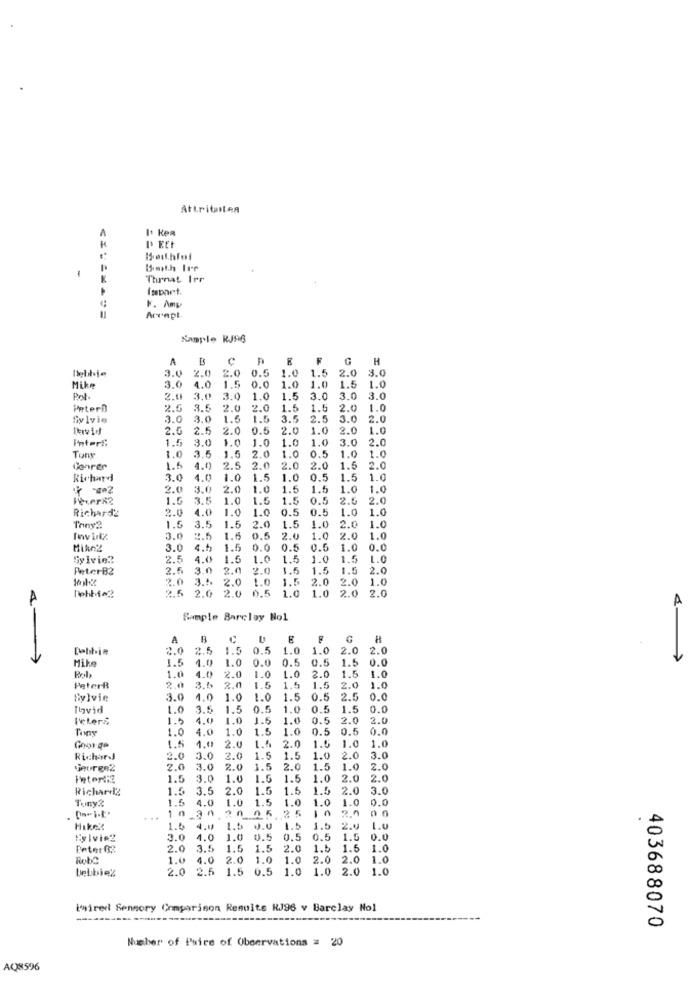
Attributen
A
It KeR
Throat Irr
k. Amy
Arrapt
Kanple RJAB
A
H
Debbie
3.0
2.0
0.5
1.0
1.5
2.0 3.0
2.0
0.0
Mike
3.0
4.0
1.5
1.0
1.0
1.5
1.0
Pot.
2.0
3.0
3.0
1.0
1.5
3.0
3.0
3.0
PeterD
2.5
3.5
2.0
2.0
1.5
1.5
2.0
1.0
Sylvie
3.0
3.0
1.6
1.5
3.5
2.5
3.0
2.0
Dawid
2.5
2.5
2.0
0.5
2.0
1.0
2.0
1.0
Interi:
1.5
3.0
1.0
1.0
1.0
1.0
3.0
2.0
3.5
.0
1.0
0.5
1.0
1.0
Tony
1.0
1.6
Genrer
1.5
4.0
2.5
2
2.0
2.0
1.5
2.0
Richard
3.0
4.0
1.0
1.5
1.0
0.5
1.5
1.0
2.0
3.0
2.0
1.0
1.5
1.5
1.0
1.0
1.5
3.5
1.0
1.5
1.5
0.5
2.5
2.0
Richarda
2.0
1.0
1.0
1.0
0.5
0.5
1.0
1.0
1.0
1.0
Tony2
1.5
3.5
1.5
2.00
1.5
2.0
3.0
1.6
0.5
2.0
1.0
2.0
1.0
MikeZ
3.0
4.5
1.5
0.0
0.5
0.5
1.0
0.0
Sylvie?
2.5
4.0
1.6
1.0
1.5
1.0
1.5
1.0
PeterB2
2.5
3.0
2.0
2.0
1.5
1.5
1.5
2.0
2.0
2.0
1.5
2.0
2.0 1.0
Dehbio2
2.5
2.0
2.0
0.5
1.0
1.0
2.0 2.0
Sample Barclay Nol
A
BC
2.0
2.5
1.5
1.5 0.5
1.0
2.0
2.0
Mike
1.5
4.9
1.0
0.0
0.5
0.5
1.5
0.0
Pol
1.0
2.0
4.0
2.0
1.0
1.0
2.0
1.5
1.0
PeterR
3.5
2.0
1.5
1.5
1.5
2.0
1.0
Sylvie
3.0
4.0
1.0
1.0
1.5
0.5
2.5
0.0
Ibvid
1.0
3.5
1.5
0.5
1.0
0.5
1.5
0.0
l'eLers
1.5
4.0
1.0
1.5
1.0
0.5
2.0
2.0
Tony
1.0
4.0
.0
1.5
1.0
0.5
0.5
0.0
1.00
1.0
1.0
George
1.5
1.5
2.0
1.
Richard
2.0
3.0
2.0
1.5
1.5
1.0
2.0
3.0
jeurge2
2.0
3.
1.5
2.0
1.5
1.0
2.0
Veteri:2
1.5
3.0
1.0
1.5
1.5
1.0
2.0
2.0
Richardi?
1.5
3.5
2.0
1.5
1.5
1.5
2.0
3.0
Tony?
1.5
4.0
1.0
1.5
1.0
1.0
1.0
0.0
2 5
0 0
...
Hikek
1.6
4.18
1.5
1.5
2.0
3.0
4.0
1.0
0.5
0.5
0.5
1.5
0.0
2.0
3.5
1.5
1.5
2.0
1.5
1.6 1.0
Robo
1.0
4.0
2.0
1.0
1.0
2.0
2.0
1.0
Lebbie%
2.0
2.5
1.5
0.5
1.0
1.0 2.0 1.0
L'aired Sensory Comparison Results RJ96 v Barclay Nol
403688070
Number of Paire of Observations = 20
AQ8596